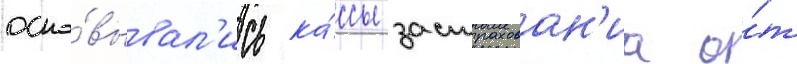
осно́вывал'ись ка́ссы застрахован'иа о́т